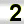
Digit: 2